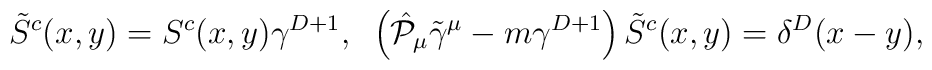
\tilde{S}^{c}(x,y) = S^{c}(x,y)\gamma^{D+1},\;\;   \left( \hat{{\cal P}}_\mu \tilde{\gamma}^\mu - m\gamma^{D+1} \right)\tilde{S}^{c}(x,y)= \delta^{D}(x-y),